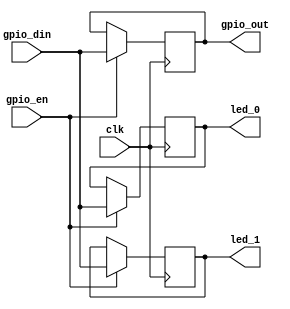
`timescale 1ns / 1ps
/***********************************************************************************************************************
*                                                                                                                      *
* ANTIKERNEL v0.1                                                                                                      *
*                                                                                                                      *
* Copyright (c) 2012-2016 Andrew D. Zonenberg                                                                          *
* All rights reserved.                                                                                                 *
*                                                                                                                      *
* Redistribution and use in source and binary forms, with or without modification, are permitted provided that the     *
* following conditions are met:                                                                                        *
*                                                                                                                      *
*    * Redistributions of source code must retain the above copyright notice, this list of conditions, and the         *
*      following disclaimer.                                                                                           *
*                                                                                                                      *
*    * Redistributions in binary form must reproduce the above copyright notice, this list of conditions and the       *
*      following disclaimer in the documentation and/or other materials provided with the distribution.                *
*                                                                                                                      *
*    * Neither the name of the author nor the names of any contributors may be used to endorse or promote products     *
*      derived from this software without specific prior written permission.                                           *
*                                                                                                                      *
* THIS SOFTWARE IS PROVIDED BY THE AUTHORS "AS IS" AND ANY EXPRESS OR IMPLIED WARRANTIES, INCLUDING, BUT NOT LIMITED   *
* TO, THE IMPLIED WARRANTIES OF MERCHANTABILITY AND FITNESS FOR A PARTICULAR PURPOSE ARE DISCLAIMED. IN NO EVENT SHALL *
* THE AUTHORS BE HELD LIABLE FOR ANY DIRECT, INDIRECT, INCIDENTAL, SPECIAL, EXEMPLARY, OR CONSEQUENTIAL DAMAGES        *
* (INCLUDING, BUT NOT LIMITED TO, PROCUREMENT OF SUBSTITUTE GOODS OR SERVICES; LOSS OF USE, DATA, OR PROFITS; OR       *
* BUSINESS INTERRUPTION) HOWEVER CAUSED AND ON ANY THEORY OF LIABILITY, WHETHER IN CONTRACT, STRICT LIABILITY, OR TORT *
* (INCLUDING NEGLIGENCE OR OTHERWISE) ARISING IN ANY WAY OUT OF THE USE OF THIS SOFTWARE, EVEN IF ADVISED OF THE       *
* POSSIBILITY OF SUCH DAMAGE.                                                                                          *
*                                                                                                                      *
***********************************************************************************************************************/

/**
	@file
	@author Andrew D. Zonenberg
	@brief Test bitstream for CR-II dev board. Simple loopback with two inverted and one non-inverted output.
 */

module CR2PartialReconfigTestBitstream(clk, gpio_en, gpio_din, gpio_out, led_0, led_1);
	
	input wire clk;
	input wire gpio_en;
	input wire gpio_din;
	
	output reg gpio_out = 0;
	output reg led_0 = 0;
	output reg led_1 = 0;
	
	always @(posedge clk) begin
		
		//Latch GPIO output
		if(gpio_en) begin
			led_0 <= gpio_din;
			led_1 <= gpio_din;
			gpio_out <= gpio_din;
		end
		
	end
	
endmodule